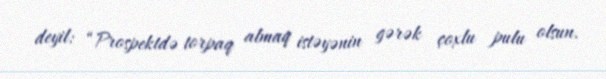
deyil: “Prospektdə torpaq almaq istəyənin gərək çoxlu pulu olsun.